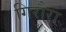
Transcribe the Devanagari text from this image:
गिरौरा